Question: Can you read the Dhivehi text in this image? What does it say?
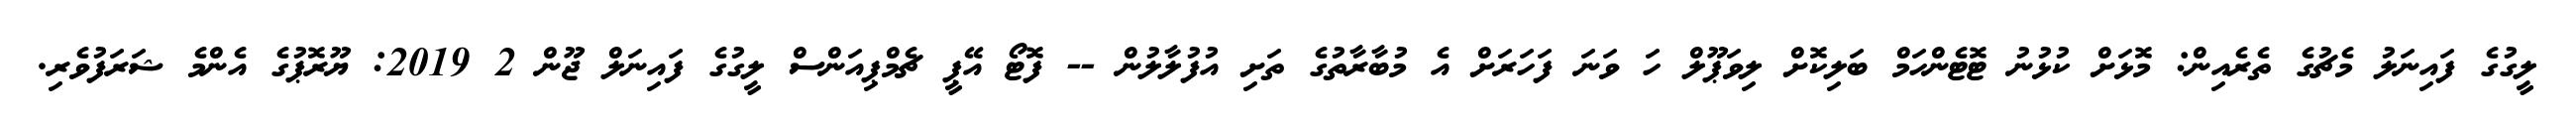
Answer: ލީގުގެ ފައިނަލު މެޗުގެ ތެރެއިން: މޮޅަށް ކުޅުނު ޓޮޓެންހަމް ބަލިކޮށް ލިވަޕޫލް ހަ ވަނަ ފަހަރަށް އެ މުބާރާތުގެ ތަށި އުފުލާލުން -- ފޮޓޯ އޭޕީ ޗެމްޕިއަންސް ލީގުގެ ފައިނަލް ޖޫން 2 2019: ޔޫރޮޕުގެ އެންމެ ޝަރަފުވެރި.